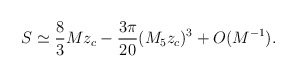
\begin{align*}S\simeq \frac{8}{3}Mz_c-\frac{3\pi}{20}(M_5z_c)^3+O(M^{-1}).\end{align*}